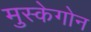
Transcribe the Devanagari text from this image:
मुस्केगोन